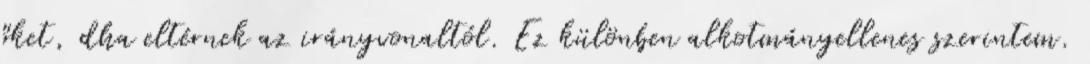
őket, dha eltérnek az irányvonaltól. Ez különben alkotmányellenes szerintem.